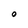
Character: O